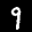
Label: 9